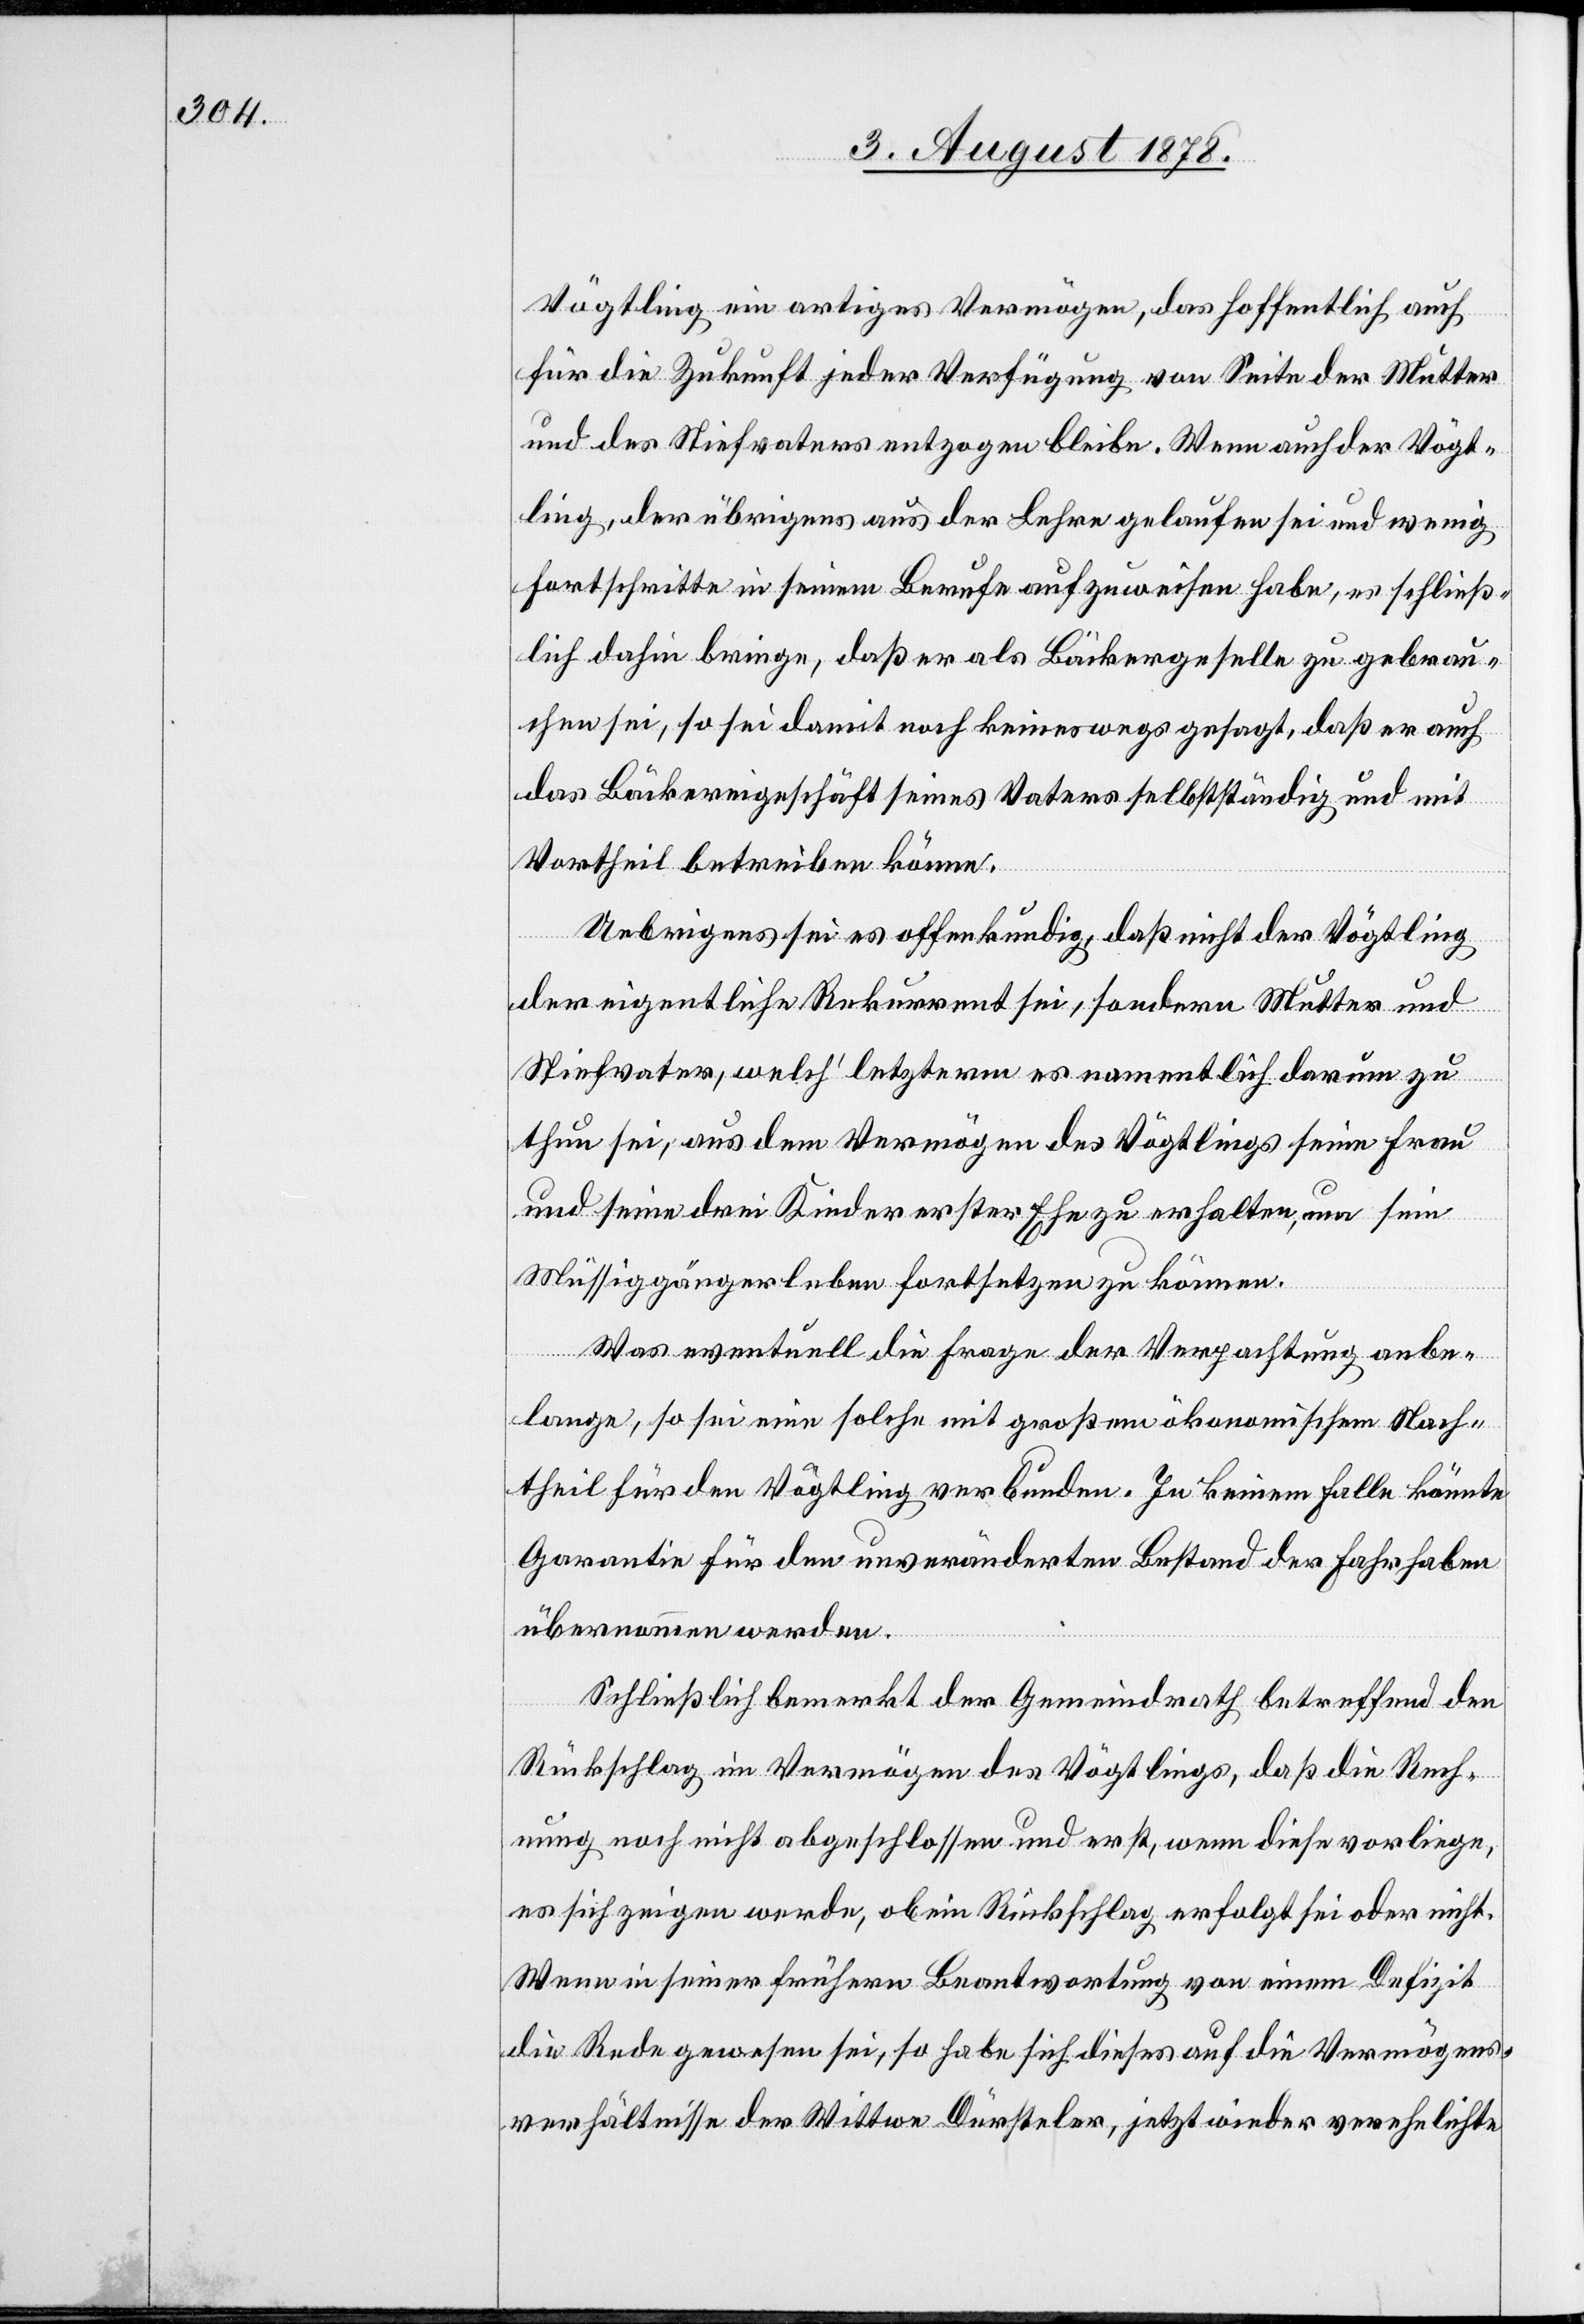
Vögtling ein artiges Vermögen, das hoffentlich auch
für die Zukunft jeder Verfügung von Seite der Mutter
und des Stiefvaters entzogen bleibe. Wenn auch der Vögt¬
ling, der übrigens aus der Lehre gelaufen sei und wenig
Fortschritte in seinem Berufe aufzuweisen habe, es schließ¬
lich dahin bringe, daß er als Bäckergeselle zu gebrau¬
chen sei, so sei damit noch keineswegs gesagt, daß er auch
das Bäckereigeschäft seines Vaters selbstständig und mit
Vortheil betreiben könne.
Uebrigens sei es offenkundig, daß nicht der Vögtling
der eigentliche Rekurrent sei, sondern Mutter und
Stiefvater, welch’ letzterm es namentlich darum zu
thun sei, aus dem Vermögen des Vögtlings seine Frau
und seine drei Kinder erster Ehe zu erhalten, um sein
Müssiggängerleben fortsetzen zu können.
Was eventuell die Frage der Verpachtung anbe¬
lange, so sei eine solche mit großem ökonomischen Nach¬
theil für den Vögtling verbunden. In keinem Falle könnte
Garantie für den unveränderten Bestand der Fahrhabe
übernommen werden.
Schließlich bemerkt der Gemeindrath betreffend den
Rückschlag im Vermögen des Vögtlings, daß die Rech¬
nung noch nicht abgeschlossen und erst, wenn diese vorliege,
es sich zeigen werde, ob ein Rückschlag erfolgt sei oder nicht.
Wenn in seiner frühern Beantwortung von einem Defizit
die Rede gewesen sei, so habe sich dieses auf die Vermögens¬
verhältnisse der Wittwe Dürsteler, jetzt wieder verehelichte